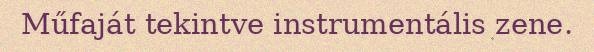
Műfaját tekintve instrumentális zene.